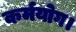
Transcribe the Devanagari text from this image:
कर्मयोग।